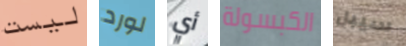
ليست لورد أي الكبسولة سيبل